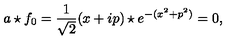
a \star f _ { 0 } = \frac { 1 } { \sqrt { 2 } } ( x + i p ) \star e ^ { - ( x ^ { 2 } + p ^ { 2 } ) } = 0 ,